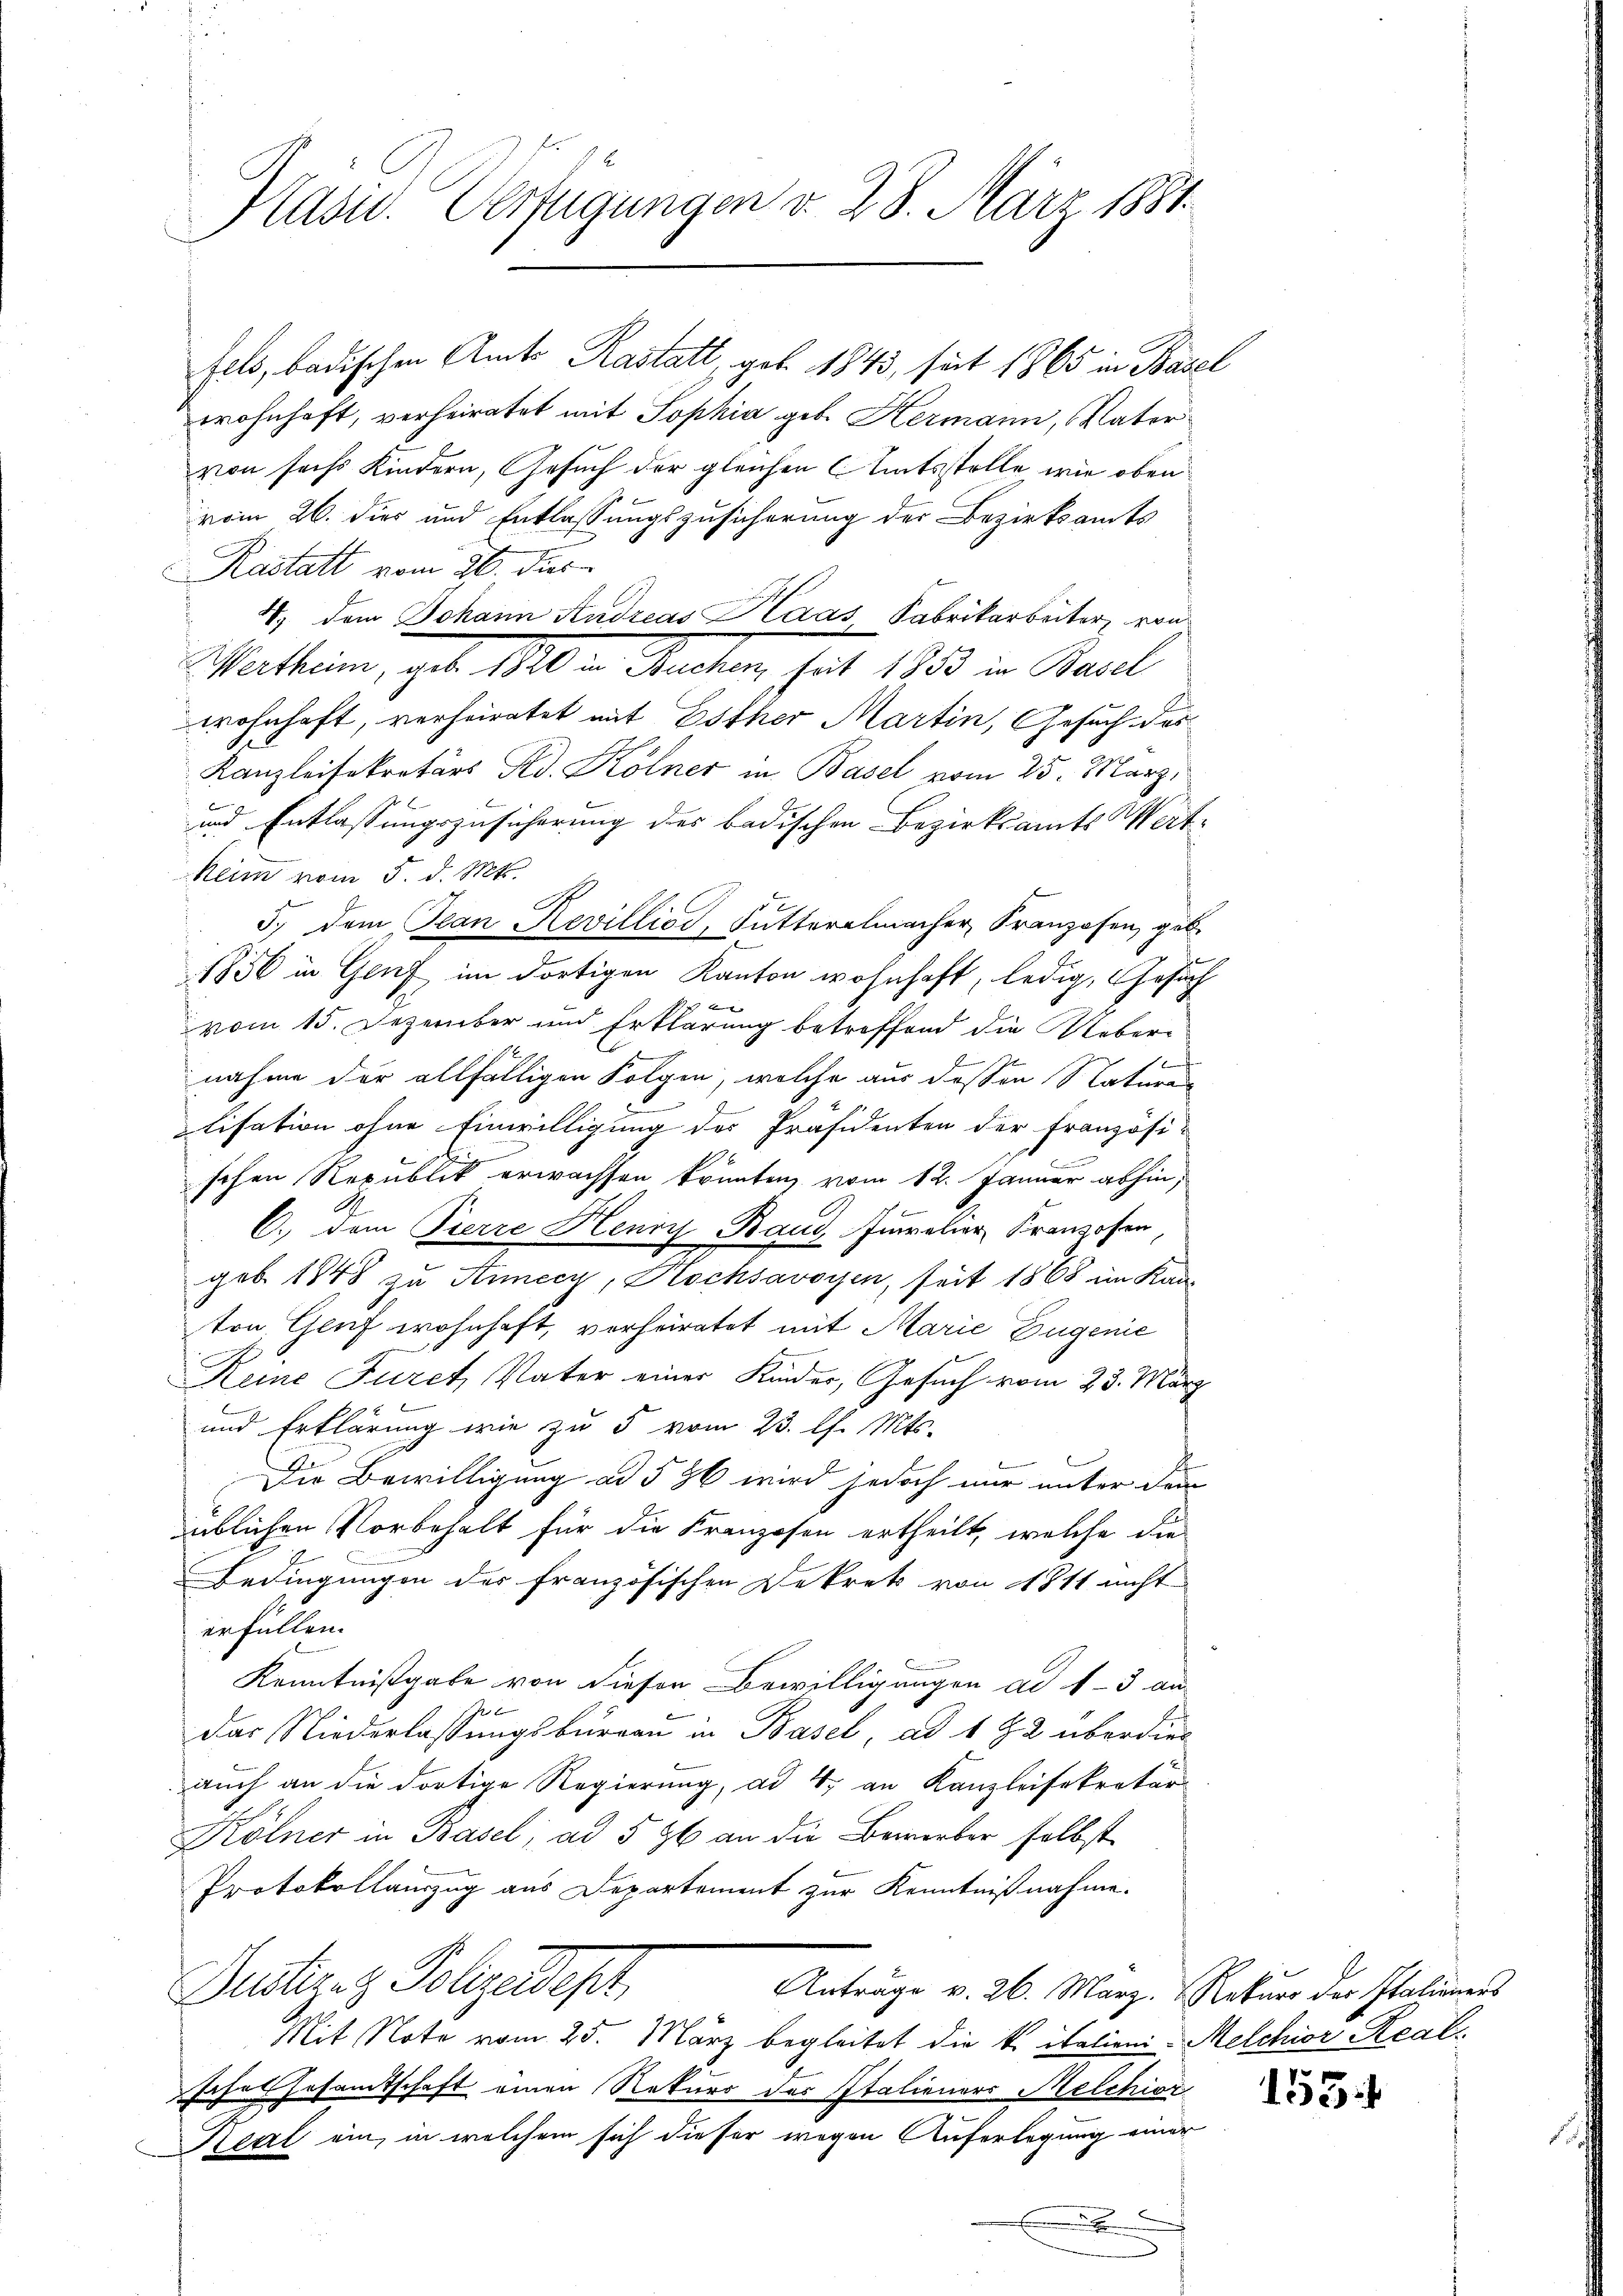
Präsid. Verfügungen v. 28. März 1881

vom 26. dies und Entlassungszusicherung der Bezirksamts
Rastatt vom 26. dies
11. dem Johann Andreas Haas Fabrikarbeiter von
Wetten, geb. 10 in Sachen hat 1850 in Basel
wohnhaft, verheiratet mit Esther Martin, Gesuch des
Kanzleisekretärs Ad. Kölner in Basel vom 25. März,
f
und Entlassungszusicherung des badischen Bezirksamts Wert¬
Keim vom 5. d. Mts.
5.) Dem Jean Revilliod, Futterelmacher, Franzosen, geb.
1856 in Genf im dortigen Kanton wohnhaft, ledig, Gesuch

vom 15. Jezerber und Erklärung betreffend die Ueber¬

nahme der allfälligen Folgen, welche aus dessen Natura
lisation ohne Einwilligung des Präsidenten der Französi-
schen Republik erwachsen könnten, vom 12. Januar abhin,
C. dem Pierre Henry Baud, Furelier Kranzosen
geb. 1848 zu Annecy, Hochsavoyen, seit 1868 im Kan-
ton, Genf wohnhaft, verheiratet mit Marie Eugenie
Reine Furet, Vater einer Kinder, Gesuch vom 23. März
und Erklärung wie zu 5 vom 23. l. Mts.
Die Bewilligung ad § 86 wird jedoch nur unter dem
üblichen Vorbehalt für die Kranzosen ertheilt, welche die
Bedingungen der französischen Dekret von 1811 nicht
erfüllen.
Kenntnißgabe von dieser Bewilligungen ad 1-3 an
das Niederlassungsbureau in Basel, ad 192 überdies
auch an die dortige Regierung, ad 4 an Kanzleisekretär
Kölner in Basel; ad 5 96 an die Bewerber selbst
Protokollauszug aus Departement zur Kenntnißnahme.
Justizit Polizeidept,
Anträge v. 26. März, Rekurs der Italieners
Mit Note vom 25. März begleitet die k. italien-Melchior Real
sche Gesamtschaft einen Rekurs des Italieners Melchior
Reil ein, in welchem sich dieser wegen Auferlegung einer
.

fels, badischen Amts Rastatt, geb. 1843, seit 1865 in Basel
wohnhaft, verheiratet mit Sophia geb. Hermann, Vater
von sechs Kindern, Gesuch der gleichen Amtsstelle wie oben

1554